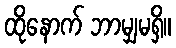
ထိုနောက် ဘာမျှမရှိ။